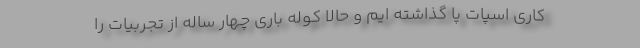
کاری اسپات پا گذاشته ایم و حالا کوله باری چهار ساله از تجربیات را